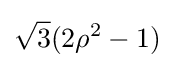
{\sqrt {3}}(2\rho ^{2}-1)